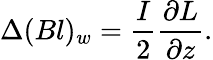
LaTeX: \Delta(Bl)_{w}=\frac{I}{2}\frac{\partial L}{\partial z}.